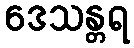
ဒေသန္တရ